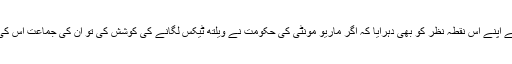
سلویو بیرلسکونی نے اپنے اس نقطہ نظر کو بھی دہرایا کہ اگر ماریو مونٹی کی حکومت نے ویلتھ ٹیکس لگانے کی کوشش کی تو ان کی جماعت اس کی مخالفت کرے گی۔